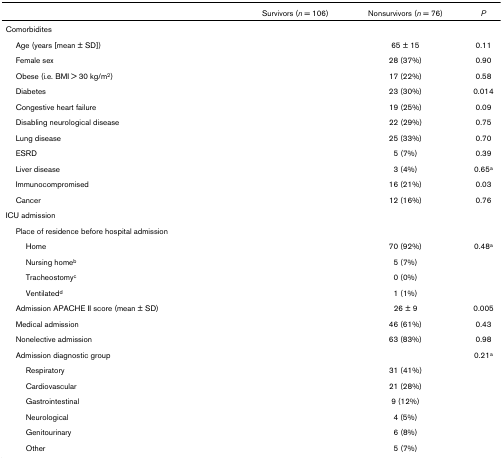
<table><thead><tr><td>[EMPTY_CELL]</td><td><b>Survivors (<i>n </i>= 106)</b></td><td><b>Nonsurvivors (<i>n </i>= 76)</b></td><td><b><i>P</i></b></td></tr></thead><tbody><tr><td colspan="4">Comorbidites</td></tr><tr><td> Age (years [mean ± SD])</td><td>[EMPTY_CELL]</td><td>65 ± 15</td><td>0.11</td></tr><tr><td> Female sex</td><td>[EMPTY_CELL]</td><td>28 (37%)</td><td>0.90</td></tr><tr><td> Obese (i.e. BMI &gt; 30 kg/m<sup>2</sup>)</td><td>[EMPTY_CELL]</td><td>17 (22%)</td><td>0.58</td></tr><tr><td> Diabetes</td><td>[EMPTY_CELL]</td><td>23 (30%)</td><td>0.014</td></tr><tr><td> Congestive heart failure</td><td>[EMPTY_CELL]</td><td>19 (25%)</td><td>0.09</td></tr><tr><td> Disabling neurological disease</td><td>[EMPTY_CELL]</td><td>22 (29%)</td><td>0.75</td></tr><tr><td> Lung disease</td><td>[EMPTY_CELL]</td><td>25 (33%)</td><td>0.70</td></tr><tr><td> ESRD</td><td>[EMPTY_CELL]</td><td>5 (7%)</td><td>0.39</td></tr><tr><td> Liver disease</td><td>[EMPTY_CELL]</td><td>3 (4%)</td><td>0.65<sup>a</sup></td></tr><tr><td> Immunocompromised</td><td>[EMPTY_CELL]</td><td>16 (21%)</td><td>0.03</td></tr><tr><td> Cancer</td><td>[EMPTY_CELL]</td><td>12 (16%)</td><td>0.76</td></tr><tr><td colspan="4">ICU admission</td></tr><tr><td> Place of residence before hospital admission</td><td>[EMPTY_CELL]</td><td>[EMPTY_CELL]</td><td>[EMPTY_CELL]</td></tr><tr><td>Home</td><td>[EMPTY_CELL]</td><td>70 (92%)</td><td>0.48<sup>a</sup></td></tr><tr><td>Nursing home<sup>b</sup></td><td>[EMPTY_CELL]</td><td>5 (7%)</td><td>[EMPTY_CELL]</td></tr><tr><td>Tracheostomy<sup>c</sup></td><td>[EMPTY_CELL]</td><td>0 (0%)</td><td>[EMPTY_CELL]</td></tr><tr><td>Ventilated<sup>d</sup></td><td>[EMPTY_CELL]</td><td>1 (1%)</td><td>[EMPTY_CELL]</td></tr><tr><td> Admission APACHE II score (mean ± SD)</td><td>[EMPTY_CELL]</td><td>26 ± 9</td><td>0.005</td></tr><tr><td> Medical admission</td><td>[EMPTY_CELL]</td><td>46 (61%)</td><td>0.43</td></tr><tr><td> Nonelective admission</td><td>[EMPTY_CELL]</td><td>63 (83%)</td><td>0.98</td></tr><tr><td> Admission diagnostic group</td><td>[EMPTY_CELL]</td><td>[EMPTY_CELL]</td><td>0.21<sup>a</sup></td></tr><tr><td>Respiratory</td><td>[EMPTY_CELL]</td><td>31 (41%)</td><td>[EMPTY_CELL]</td></tr><tr><td>Cardiovascular</td><td>[EMPTY_CELL]</td><td>21 (28%)</td><td>[EMPTY_CELL]</td></tr><tr><td>Gastrointestinal</td><td>[EMPTY_CELL]</td><td>9 (12%)</td><td>[EMPTY_CELL]</td></tr><tr><td>Neurological</td><td>[EMPTY_CELL]</td><td>4 (5%)</td><td>[EMPTY_CELL]</td></tr><tr><td>Genitourinary</td><td>[EMPTY_CELL]</td><td>6 (8%)</td><td>[EMPTY_CELL]</td></tr><tr><td>Other</td><td>[EMPTY_CELL]</td><td>5 (7%)</td><td>[EMPTY_CELL]</td></tr></tbody></table>